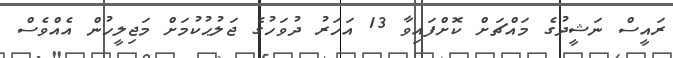
ރައީސް ނަޝީދުގެ މައްޗަށް ކޮށްފައިވާ 13 އަހަރު ދުވަހުގެ ޖަލުޙުކުމަށް މަޖިލީހުން އެއްވެސް